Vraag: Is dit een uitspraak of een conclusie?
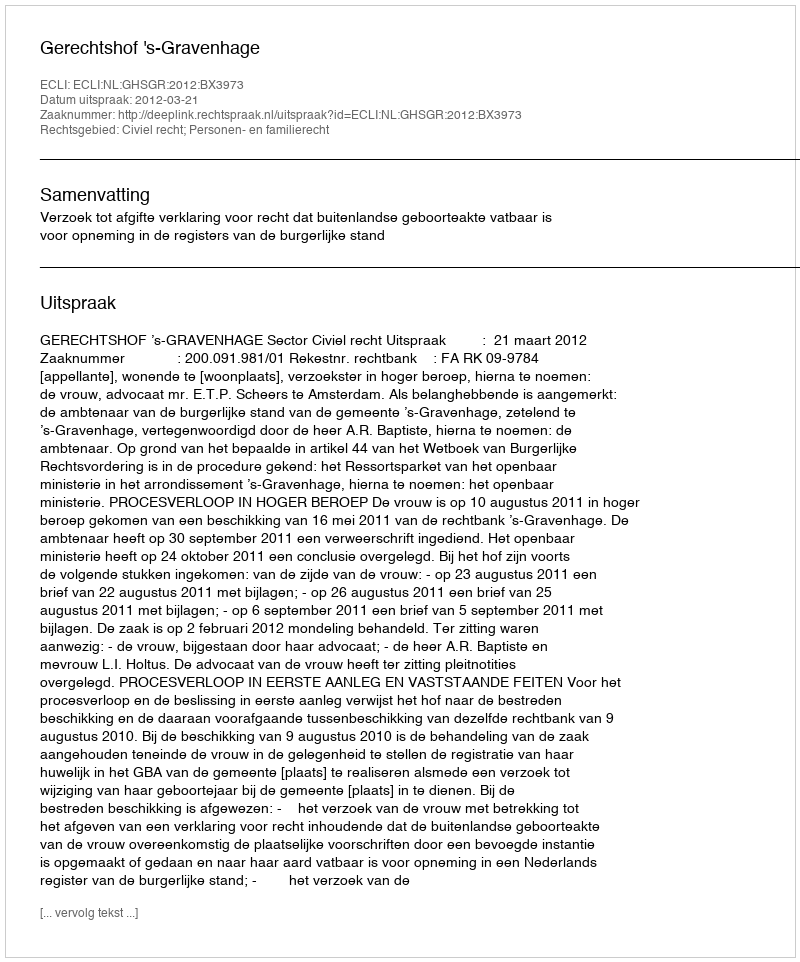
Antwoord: Uitspraak